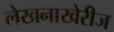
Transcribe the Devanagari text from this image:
लेखनाखेरीज